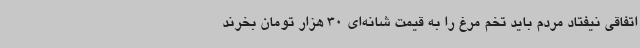
اتفاقی نیفتاد مردم باید تخم مرغ را به قیمت شانه‌ای 30 هزار تومان بخرند